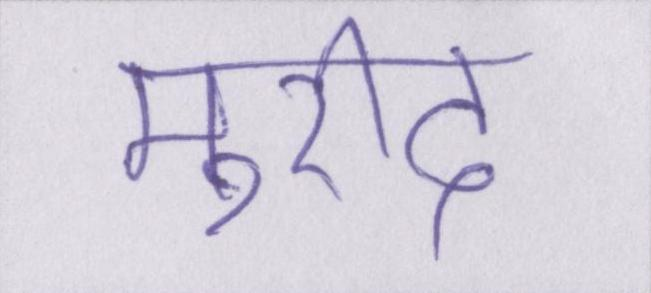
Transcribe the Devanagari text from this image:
मुरीद